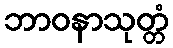
ဘာဝနာသုတ္တံ